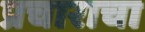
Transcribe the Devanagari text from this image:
प्रचाराचा